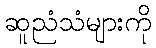
ဆူညံသံများကို